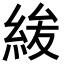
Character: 𮈐